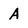
Character: A